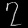
Digit: ၇